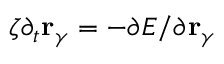
\zeta \partial _ { t } { \bf r } _ { \gamma } = - \partial E / \partial \mathbf { r } _ { \gamma }